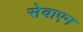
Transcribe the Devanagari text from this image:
सेवाएन